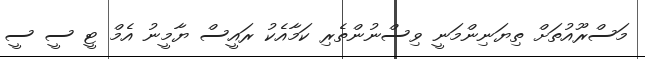
މަސްރޫއުތަށް ތިޔަނިންމަނީ ވިސްނުންތެރި ކަމާއެކު ރައީސް ޔާމީނު އެމް ޓީ ސީ ސީ